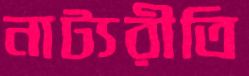
নাট্যরীতি